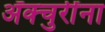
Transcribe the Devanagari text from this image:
ॲक्चुरींना